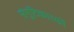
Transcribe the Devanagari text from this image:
संगुटिकारकों